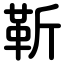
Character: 靳